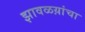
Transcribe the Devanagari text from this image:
झावळय़ांचा